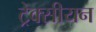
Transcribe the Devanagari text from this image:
ट्रेक्सीयन